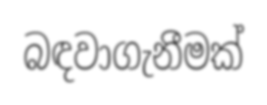
බඳවාගැනීමක්